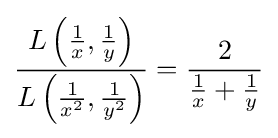
{\frac {L\left({\frac {1}{x}},{\frac {1}{y}}\right)}{L\left({\frac {1}{x^{2}}},{\frac {1}{y^{2}}}\right)}}={\frac {2}{{\frac {1}{x}}+{\frac {1}{y}}}}